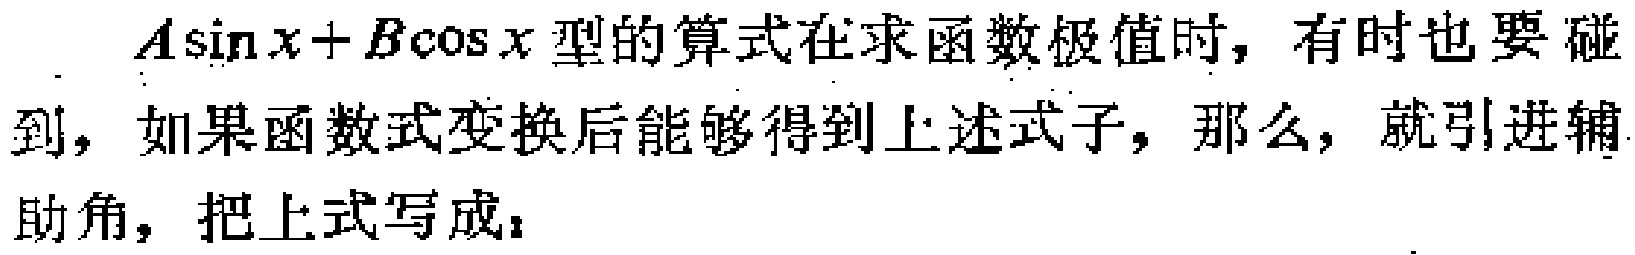
$A\sin x + B\cos x$型的算式在求函数极值时，有时也要碰到，如果函数式变换后能够得到上述式子，那么，就引进辅助角，把上式写成：